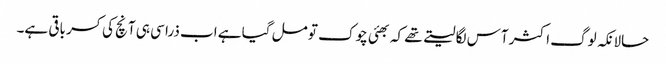
حالانکہ لوگ اکثر آس لگا لیتے تھے کہ بھئی چوک تو مل گیا ہے اب ذرا سی ہی آنچ کی کسر باقی ہے۔